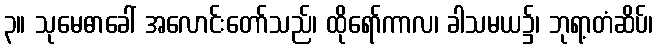
၃။ သုမေဓာခေါ် အလောင်းတော်သည်၊ ထိုရော်ကာလ၊ ခါသမယ၌၊ ဘုရာ့တံဆိပ်၊